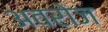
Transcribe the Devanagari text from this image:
अवरोज